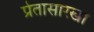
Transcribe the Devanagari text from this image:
प्रेतासारखा